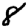
Digit: 8